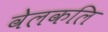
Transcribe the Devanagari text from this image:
वेलकलि